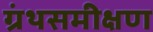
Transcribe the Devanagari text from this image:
ग्रंथसमीक्षण